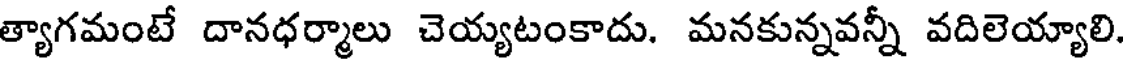
త్యాగమంటే దానధర్మాలు చెయ్యటంకాదు. మనకున్నవన్నీ వదిలెయ్యాలి.